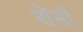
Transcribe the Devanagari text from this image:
शेंसी